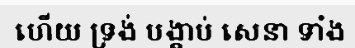
ហើយ ទ្រង់ បង្គាប់ សេនា ទាំង